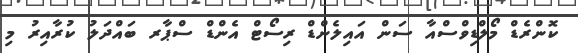
ކޮންރެޑް މޯލްޑިވްސްއާ ސަން އައިލެންޑް ރިސޯޓް އެންޑް ސްޕާރ ބައްދަލު ކުރާއިރު މި